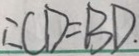
\therefore C D = B D .